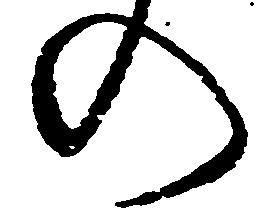
の